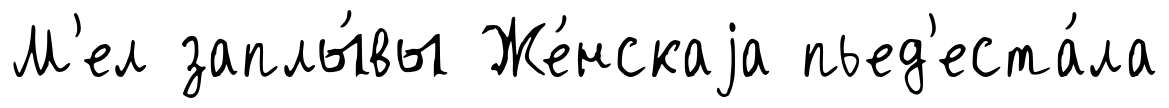
М'ел заплы́вы Же́нскаjа пьед'еста́ла